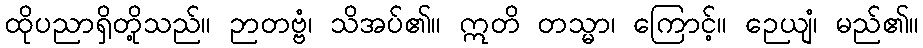
ထိုပညာရှိတို့သည်။ ဉာတဗ္ဗံ၊ သိအပ်၏။ ဣတိ တသ္မာ၊ ကြောင့်။ ဉေယျံ၊ မည်၏။